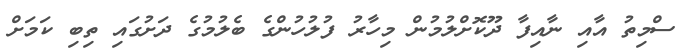
ސްމިތު އާއި ނާއިފާ ދޫކޮށްލުމުން މިހާރު ފުލުހުންގެ ބެލުމުގެ ދަށުގައި ތިބި ކަމަށް